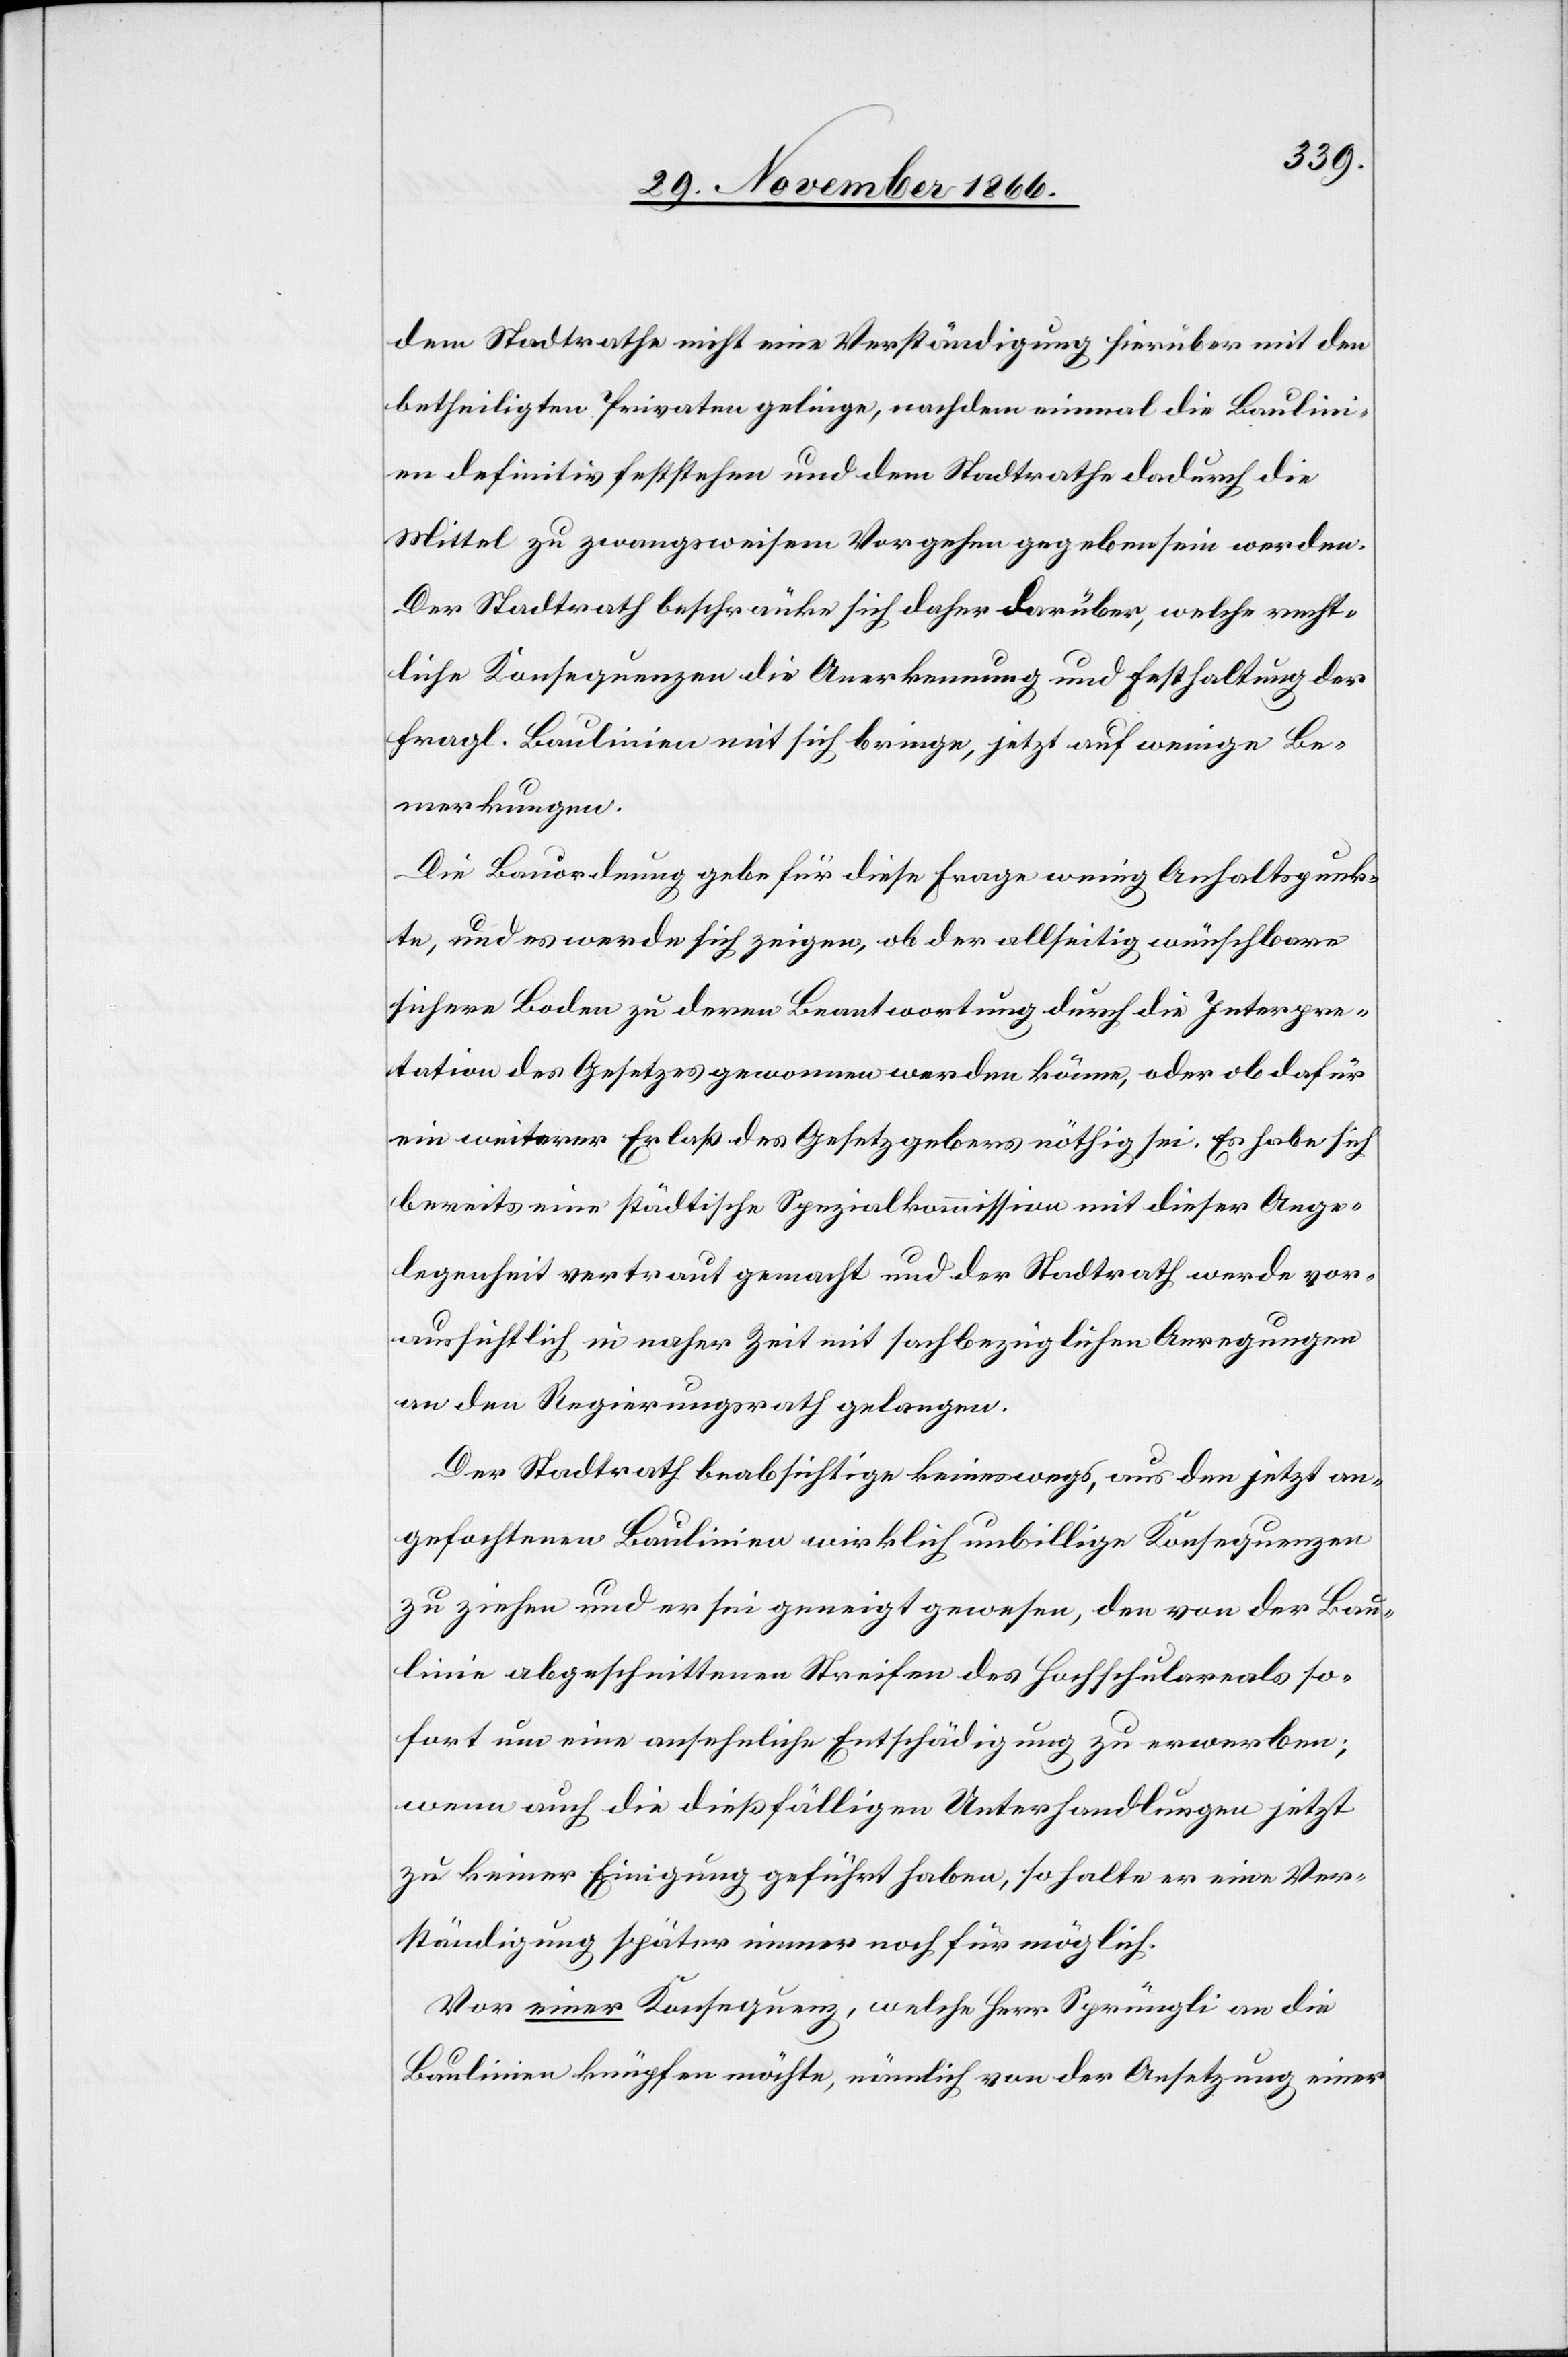
dem Stadtrathe nicht eine Verständigung hierüber mit den
betheiligten Privaten gelinge, nachdem einmal die Baulin¬
ien definitiv feststehen und dem Stadtrathe dadurch die
Mittel zu zwangsweisem Vorgehen gegeben sein werden.
Der Stadtrath beschränke sich daher darüber, welche recht¬
liche Konsequenzen die Anerkennung und Festhaltung der
fragl. Baulinien mit sich bringe, jetzt auf wenige Be¬
merkungen.
Die Bauordnung gebe für diese Frage wenige Anhaltspunk¬
te, und es werde sich zeigen, ob der allseitig wünschbare
sichere Boden zu deren Beantwortung durch die Interpre¬
tation des Gesetzes gewonnen werden könne, oder ob dafür
ein weiterer Erlaß des Gesetzgebers nöthig sei. Es habe sich
bereits eine städtische Spezialkommission mit dieser Ange¬
legenheit vertraut gemacht und der Stadtrath werde vor¬
aussichtlich in naher Zeit mit sachbezüglichen Anregungen
an den Regierungsrath gelangen.
Der Stadtrath beabsichtige keineswegs, aus den jetzt an¬
gefochtenen Baulinien wirklich unbillige Konsequenzen
zu ziehen und er sei geneigt gewesen, den von der Bau¬
linie abgeschnittenen Streifen des Hochschulareals so¬
fort um eine ansehnliche Entschädigung zu erwerben;
wenn auch die dießfälligen Unterhandlungen jetzt
zu keiner Einigung geführt haben, so halte er eine Ver¬
ständigung später immer noch für möglich.
Vor einer Konsequenz, welche Herr Sprüngli an die
Baulinien knüpfen möchte, nämlich von der Ansetzung einer